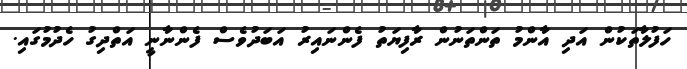
ހަފުލާތަކުން އަދި އާންމު ތަންތަނުން ރާފިޔަތު ފެންނައިރު އަބަދުވެސް ފެންނާނީ އަތްދިގު ހެދުމުގައި.